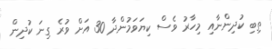
ތިބި ކުދިންނާއި މިހާރު ވެސް ކިޔަވަމުންދާ 30 އަށް ވުރެ ގިނަ ކުދިން